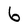
Character: b